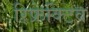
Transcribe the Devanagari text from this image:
रिफ्रेक्टिव